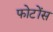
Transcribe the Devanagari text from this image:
फोटोंस